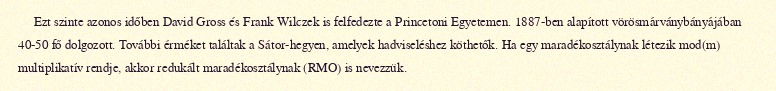
Ezt szinte azonos időben David Gross és Frank Wilczek is felfedezte a Princetoni Egyetemen. 1887-ben alapított vörösmárványbányájában 40-50 fő dolgozott. További érméket találtak a Sátor-hegyen, amelyek hadviseléshez köthetők. Ha egy maradékosztálynak létezik mod(m) multiplikatív rendje, akkor redukált maradékosztálynak (RMO) is nevezzük.